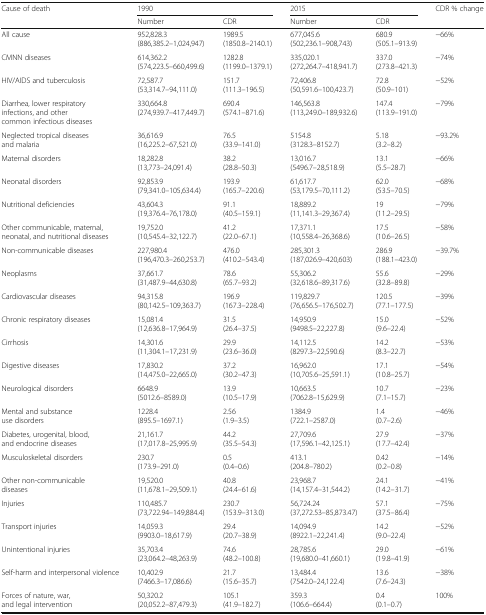
<table><thead><tr><td><b>Cause of death</b></td><td colspan="2"><b>1990</b></td><td colspan="2"><b>2015</b></td><td rowspan="2"><b>CDR % change</b></td></tr><tr><td></td><td><b>Number</b></td><td><b>CDR</b></td><td><b>Number</b></td><td><b>CDR</b></td></tr></thead><tbody><tr><td>All cause</td><td>952,828.3 (886,385.2–1,024,947)</td><td>1989.5 (1850.8–2140.1)</td><td>677,045.6 (502,236.1–908,743)</td><td>680.9 (505.1–913.9)</td><td>−66%</td></tr><tr><td>CMNN diseases</td><td>614,362.2 (574,223.5–660,499.6)</td><td>1282.8 (1199.0–1379.1)</td><td>335,020.1 (272,264.7–418,941.7)</td><td>337.0 (273.8–421.3)</td><td>−74%</td></tr><tr><td>HIV/AIDS and tuberculosis</td><td>72,587.7 (53,314.7–94,111.0)</td><td>151.7 (111.3–196.5)</td><td>72,406.8 (50,591.6–100,423.7)</td><td>72.8 (50.9–101)</td><td>−52%</td></tr><tr><td>Diarrhea, lower respiratory infections, and other common infectious diseases</td><td>330,664.8 (274,939.7–417,449.7)</td><td>690.4 (574.1–871.6)</td><td>146,563.8 (113,249.0–189,932.6)</td><td>147.4 (113.9–191.0)</td><td>−79%</td></tr><tr><td>Neglected tropical diseases and malaria</td><td>36,616.9 (16,225.2–67,521.0)</td><td>76.5 (33.9–141.0)</td><td>5154.8 (3128.3–8152.7)</td><td>5.18 (3.2–8.2)</td><td>−93.2%</td></tr><tr><td>Maternal disorders</td><td>18,282.8 (13,773–24,091.4)</td><td>38.2 (28.8–50.3)</td><td>13,016.7 (5496.7–28,518.9)</td><td>13.1 (5.5–28.7)</td><td>−66%</td></tr><tr><td>Neonatal disorders</td><td>92,853.9 (79,341.0–105,634.4)</td><td>193.9 (165.7–220.6)</td><td>61,617.7 (53,179.5–70,111.2)</td><td>62.0 (53.5–70.5)</td><td>−68%</td></tr><tr><td>Nutritional deficiencies</td><td>43,604.3 (19,376.4–76,178.0)</td><td>91.1 (40.5–159.1)</td><td>18,889.2 (11,141.3–29,367.4)</td><td>19 (11.2–29.5)</td><td>−79%</td></tr><tr><td>Other communicable, maternal, neonatal, and nutritional diseases</td><td>19,752.0 (10,545.4–32,122.7)</td><td>41.2 (22.0–67.1)</td><td>17,371.1 (10,558.4–26,368.6)</td><td>17.5 (10.6–26.5)</td><td>−58%</td></tr><tr><td>Non-communicable diseases</td><td>227,980.4(196,470.3–260,253.7)</td><td>476.0 (410.2–543.4)</td><td>285,301.3 (187,026.9–420,603)</td><td>286.9 (188.1–423.0)</td><td>−39.7%</td></tr><tr><td>Neoplasms</td><td>37,661.7 (31,487.9–44,630.8)</td><td>78.6 (65.7–93.2)</td><td>55,306.2 (32,618.6–89,317.6)</td><td>55.6 (32.8–89.8)</td><td>−29%</td></tr><tr><td>Cardiovascular diseases</td><td>94,315.8 (80,142.5–109,363.7)</td><td>196.9 (167.3–228.4)</td><td>119,829.7 (76,656.5–176,502.7)</td><td>120.5 (77.1–177.5)</td><td>−39%</td></tr><tr><td>Chronic respiratory diseases</td><td>15,081.4 (12,636.8–17,964.9)</td><td>31.5 (26.4–37.5)</td><td>14,950.9 (9498.5–22,227.8)</td><td>15.0 (9.6–22.4)</td><td>−52%</td></tr><tr><td>Cirrhosis</td><td>14,301.6 (11,304.1–17,231.9)</td><td>29.9 (23.6–36.0)</td><td>14,112.5 (8297.3–22,590.6)</td><td>14.2 (8.3–22.7)</td><td>−53%</td></tr><tr><td>Digestive diseases</td><td>17,830.2 (14,475.0–22,665.0)</td><td>37.2 (30.2–47.3)</td><td>16,962.0 (10,705.6–25,591.1)</td><td>17.1 (10.8–25.7)</td><td>−54%</td></tr><tr><td>Neurological disorders</td><td>6648.9 (5012.6–8589.0)</td><td>13.9 (10.5–17.9)</td><td>10,663.5 (7062.8–15,629.9)</td><td>10.7 (7.1–15.7)</td><td>−23%</td></tr><tr><td>Mental and substance use disorders</td><td>1228.4 (895.5–1697.1)</td><td>2.56 (1.9–3.5)</td><td>1384.9 (722.1–2587.0)</td><td>1.4 (0.7–2.6)</td><td>−46%</td></tr><tr><td>Diabetes, urogenital, blood, and endocrine diseases</td><td>21,161.7 (17,017.8–25,995.9)</td><td>44.2 (35.5–54.3)</td><td>27,709.6 (17,596.1–42,125.1)</td><td>27.9 (17.7–42.4)</td><td>−37%</td></tr><tr><td>Musculoskeletal disorders</td><td>230.7 (173.9–291.0)</td><td>0.5 (0.4–0.6)</td><td>413.1 (204.8–780.2)</td><td>0.42 (0.2–0.8)</td><td>−14%</td></tr><tr><td>Other non-communicable diseases</td><td>19,520.0 (11,678.1–29,509.1)</td><td>40.8 (24.4–61.6)</td><td>23,968.7(14,157.4–31,544.2)</td><td>24.1 (14.2–31.7)</td><td>−41%</td></tr><tr><td>Injuries</td><td>110,485.7 (73,722.94–149,884.4)</td><td>230.7 (153.9–313.0)</td><td>56,724.24 (37,272.53–85,873.47)</td><td>57.1 (37.5–86.4)</td><td>−75%</td></tr><tr><td>Transport injuries</td><td>14,059.3 (9903.0–18,617.9)</td><td>29.4 (20.7–38.9)</td><td>14,094.9 (8922.1–22,241.4)</td><td>14.2 (9.0–22.4)</td><td>−52%</td></tr><tr><td>Unintentional injuries</td><td>35,703.4 (23,064.2–48,263.9)</td><td>74.6 (48.2–100.8)</td><td>28,785.6 (19,680.0–41,660.1)</td><td>29.0 (19.8–41.9)</td><td>−61%</td></tr><tr><td>Self-harm and interpersonal violence</td><td>10,402.9 (7466.3–17,086.6)</td><td>21.7 (15.6–35.7)</td><td>13,484.4 (7542.0–24,122.4)</td><td>13.6 (7.6–24.3)</td><td>−38%</td></tr><tr><td>Forces of nature, war, and legal intervention</td><td>50,320.2 (20,052.2–87,479.3)</td><td>105.1 (41.9–182.7)</td><td>359.3 (106.6–664.4)</td><td>0.4 (0.1–0.7)</td><td>100%</td></tr></tbody></table>